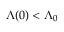
\Lambda ( 0 ) < \Lambda _ { 0 }